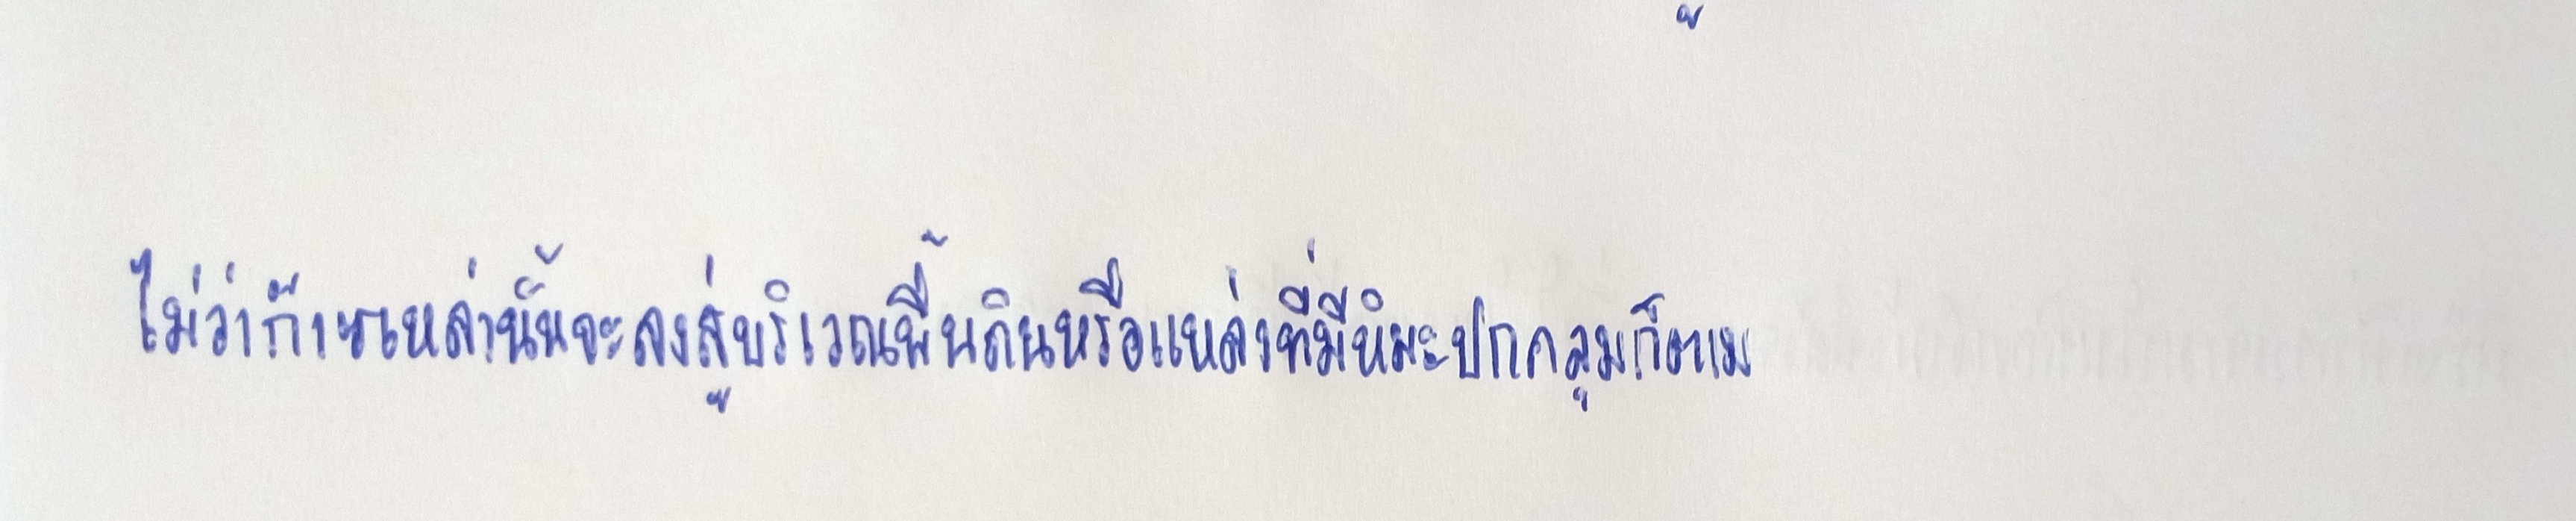
ไม่ว่าก๊าซเหล่านั้นจะลงสู่บริเวณพื้นดินหรือแหล่งที่มีหิมะปกคลุมก็ตาม